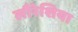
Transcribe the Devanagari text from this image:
लौरेशिया